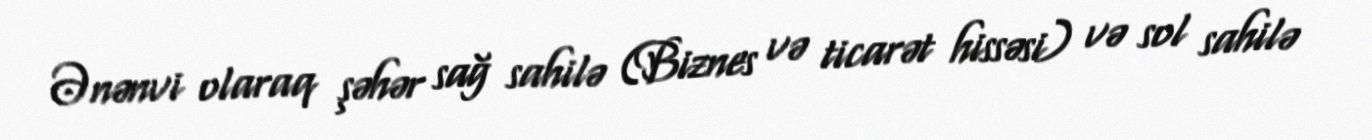
Ənənvi olaraq şəhər sağ sahilə (Biznes və ticarət hissəsi) və sol sahilə